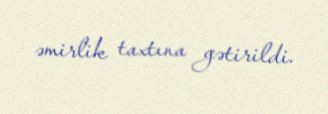
əmirlik taxtına gətirildi.